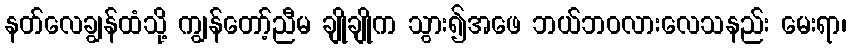
နတ်လေချွန်ထံသို့ ကျွန်တော့်ညီမ ချိုချိုက သွား၍အဖေ ဘယ်ဘဝလားလေသနည်း မေးရာ၊